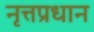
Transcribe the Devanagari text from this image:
नृत्तप्रधान